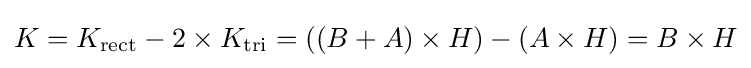
K=K_{\text{rect}}-2\times K_{\text{tri}}=((B+A)\times H)-(A\times H)=B\times H